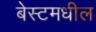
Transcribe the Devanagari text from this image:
बेस्टमधील